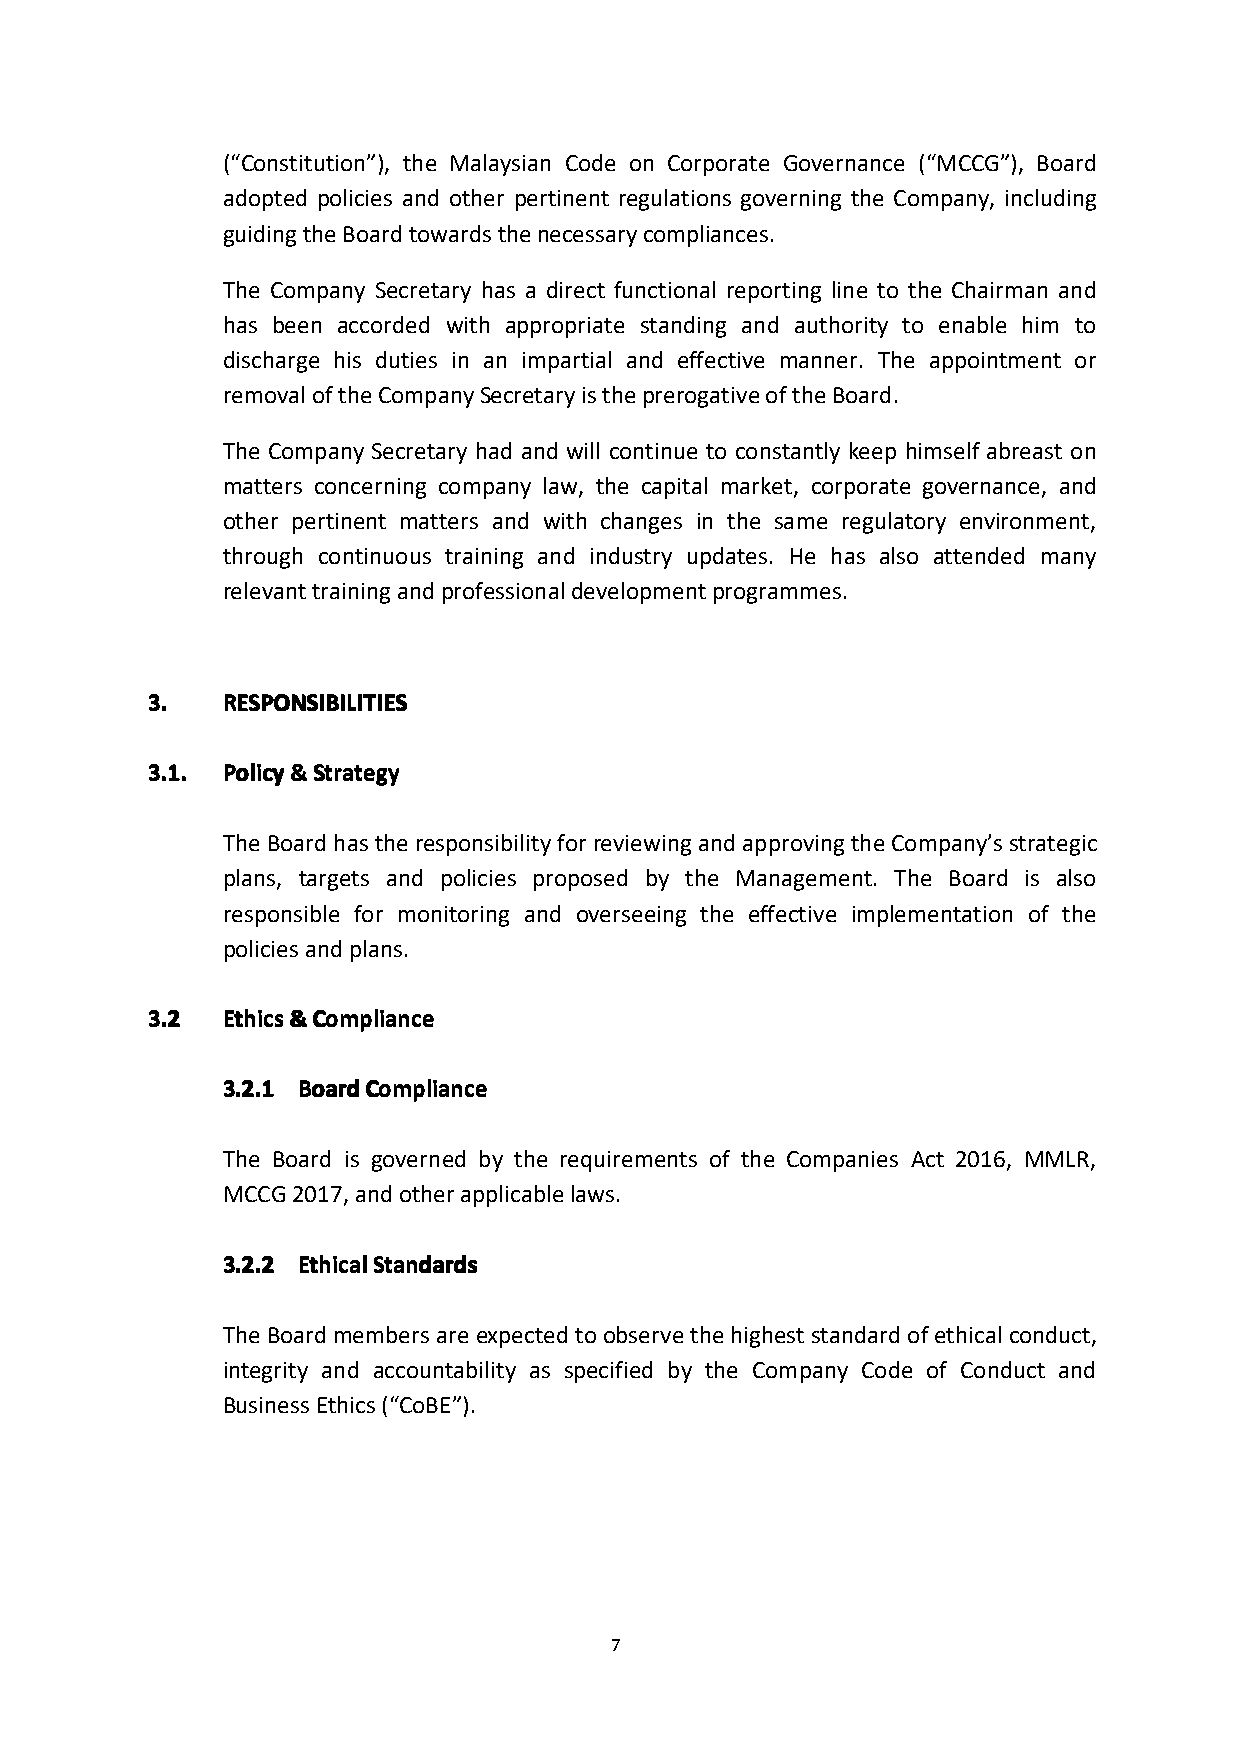
(“Constitution”), the Malaysian Code on Corporate Governance (“MCCG”), Board
 adopted policies and other pertinent regulations governing the Company, including
 guidingtheBoardtowardsthenecessarycompliances.
 The Company Secretary has a direct functional reporting line to the Chairman and
 has been accorded with appropriate standing and authority to enable him to
 discharge his duties in an impartial and effective manner. The appointment or
 removaloftheCompanySecretaryistheprerogativeoftheBoard.
 The Company Secretary had and will continue to constantly keep himself abreast on
 matters concerning company law, the capital market, corporate governance, and
 other pertinent matters and with changes in the same regulatory environment,
 through continuous training and industry updates. He has also attended many
 relevanttrainingandprofessionaldevelopmentprogrammes.
 3333.... RRRREEEESSSSPPPPOOOONNNNSSSSIIIIBBBBIIIILLLLIIIITTTTIIIIEEEESSSS
 3333....1111.... PPPPoooolllliiiiccccyyyy&&&&SSSSttttrrrraaaatttteeeeggggyyyy
 TheBoardhastheresponsibilityforreviewingandapprovingtheCompany’sstrategic
 plans, targets and policies proposed by the Management. The Board is also
 responsible for monitoring and overseeing the effective implementation of the
 policiesandplans.
 3333....2222 EEEEtttthhhhiiiiccccssss&&&&CCCCoooommmmpppplllliiiiaaaannnncccceeee
 3333....2222....1111 BBBBooooaaaarrrrddddCCCCoooommmmpppplllliiiiaaaannnncccceeee
 The Board is governed by the requirements of the Companies Act 2016, MMLR,
 MCCG2017,andotherapplicablelaws.
 3333....2222....2222 EEEEtttthhhhiiiiccccaaaallllSSSSttttaaaannnnddddaaaarrrrddddssss
 TheBoardmembersareexpectedtoobservethehigheststandardofethical conduct,
 integrity and accountability as specified by the Company Code of Conduct and
 BusinessEthics(“CoBE”).
 7